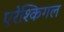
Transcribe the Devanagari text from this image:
एरेश्किगल